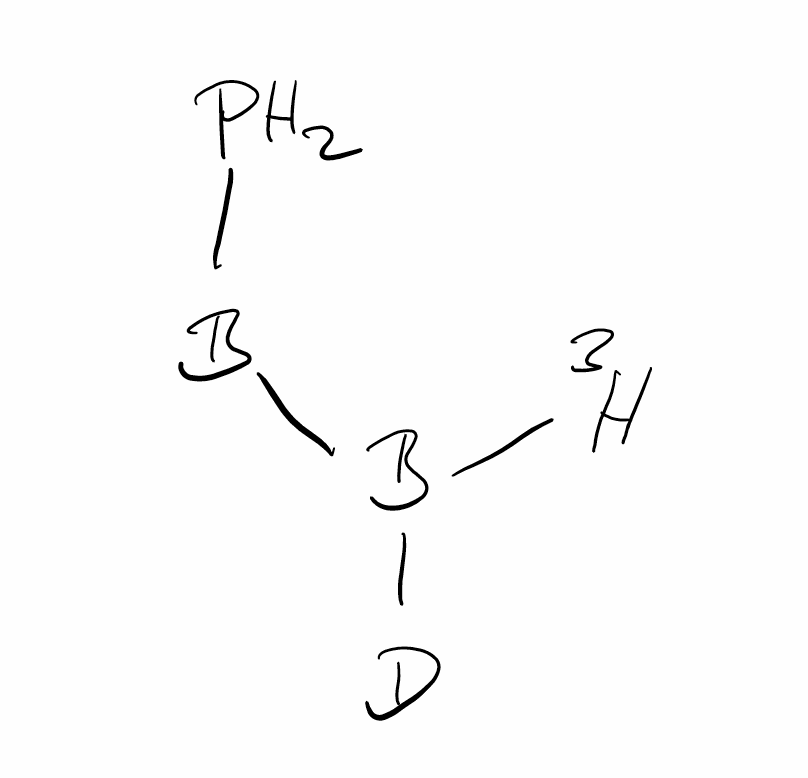
Simplified molecular-input line-entry system (SMILES) notation of the given molecule:
[2H]B([3H])[B]P